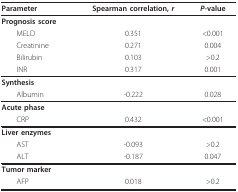
<table><thead><tr><td><b>Parameter</b></td><td><b>Spearman correlation, <i>r</i></b></td><td><b><i>P</i>-value</b></td></tr></thead><tbody><tr><td><b>Prognosis score</b></td><td></td><td></td></tr><tr><td> MELD</td><td>0.351</td><td>&lt;0.001</td></tr><tr><td> Creatinine</td><td>0.271</td><td>0.004</td></tr><tr><td> Bilirubin</td><td>0.103</td><td>&gt;0.2</td></tr><tr><td> INR</td><td>0.317</td><td>0.001</td></tr><tr><td><b>Synthesis</b></td><td></td><td></td></tr><tr><td> Albumin</td><td>-0.222</td><td>0.028</td></tr><tr><td><b>Acute phase</b></td><td></td><td></td></tr><tr><td> CRP</td><td>0.432</td><td>&lt;0.001</td></tr><tr><td><b>Liver enzymes</b></td><td></td><td></td></tr><tr><td> AST</td><td>-0.093</td><td>&gt;0.2</td></tr><tr><td> ALT</td><td>-0.187</td><td>0.047</td></tr><tr><td><b>Tumor marker</b></td><td></td><td></td></tr><tr><td> AFP</td><td>0.018</td><td>&gt;0.2</td></tr></tbody></table>